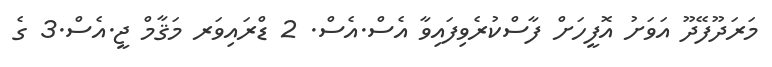
މަރަދޫފޭދޫ އަވަށު އޮފީހަށް ފާސްކުރެވިފައިވާ އެސް.އެސް. 2 ޑްރައިވަރ މަޤާމް ޖީ.އެސް.3 ގެ